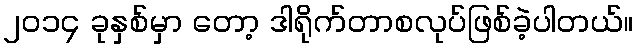
၂ဝ၁၄ ခုနှစ်မှာ တော့ ဒါရိုက်တာစလုပ်ဖြစ်ခဲ့ပါတယ်။